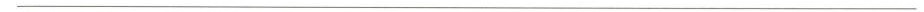
___